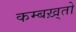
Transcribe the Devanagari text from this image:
कम्बख़्तो